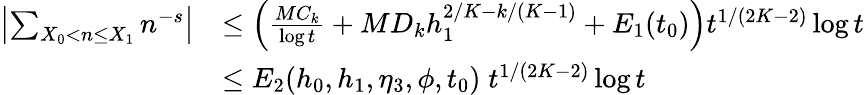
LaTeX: \begin{array}{rl}{\left|\sum_{X_{0}<n\le X_{1}}n^{-s}\right|}&{\le\left(\frac{MC_{k}}{\log t}+MD_{k}h_{1}^{2/K-k/(K-1)}+E_{1}(t_{0})\right)t^{1/(2K-2)}\log t}\\ &{\le E_{2}(h_{0},h_{1},\eta_{3},\phi,t_{0})\; t^{1/(2K-2)}\log t}\end{array}